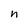
Character: n